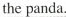
the panda.